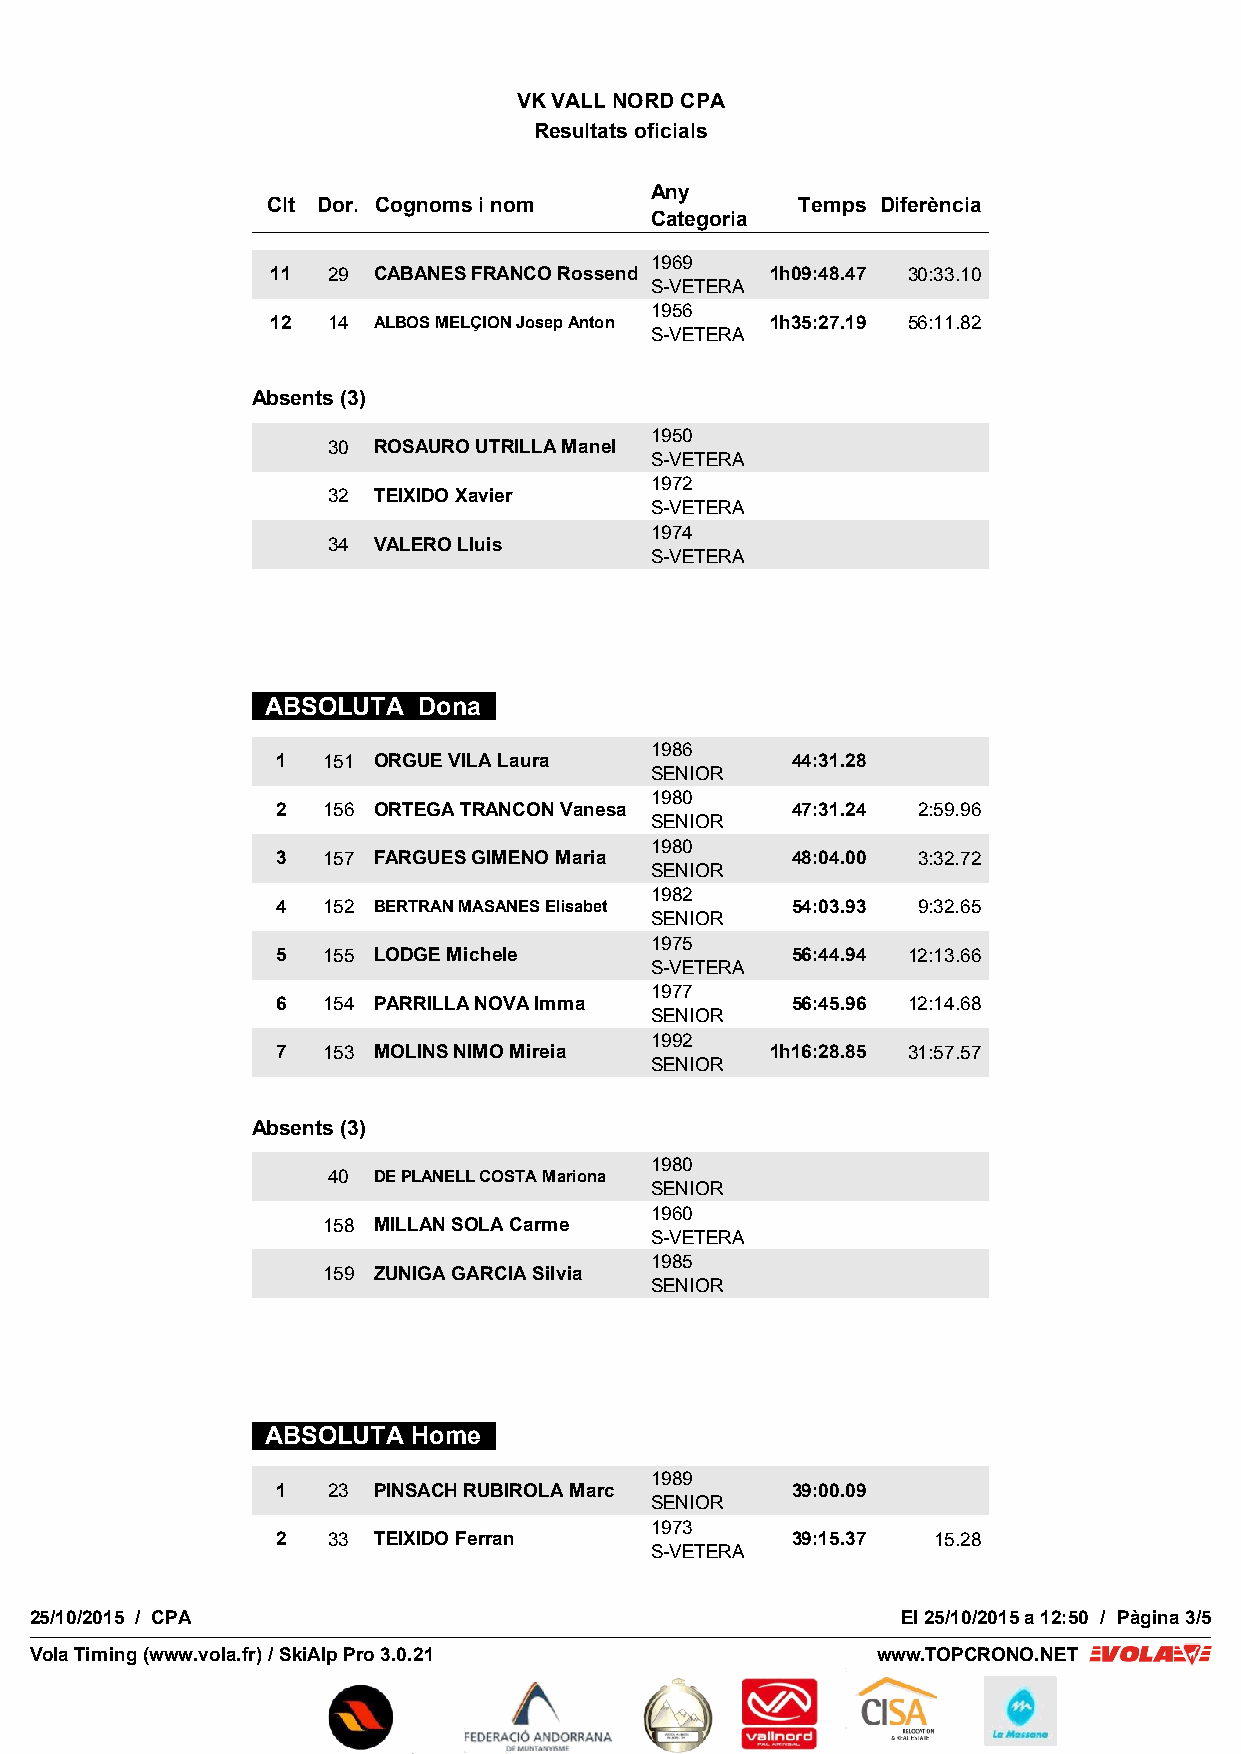
VK VALL NORD CPA
 Resultats oficials
 Any
 Clt Dor. Cognoms i nom             Temps Diferència
 Categoria
 1969
 11  29 CABANES FRANCO Rossend    1h09:48.47 30:33.10
 S-VETERA
 1956
 12  14 ALBOS MELÇION Josep Anton 1h35:27.19 56:11.82
 S-VETERA
 Absents (3)
 1950
 30 ROSAURO UTRILLA Manel
 S-VETERA
 1972
 32 TEIXIDO Xavier
 S-VETERA
 1974
 34 VALERO Lluis
 S-VETERA
 ABSOLUTA  Dona
 1986
 1  151 ORGUE VILA Laura           44:31.28
 SENIOR
 1980
 2  156 ORTEGA TRANCON Vanesa      47:31.24 2:59.96
 SENIOR
 1980
 3  157 FARGUES GIMENO Maria       48:04.00 3:32.72
 SENIOR
 1982
 4  152 BERTRAN MASANES Elisabet   54:03.93 9:32.65
 SENIOR
 1975
 5  155 LODGE Michele              56:44.94 12:13.66
 S-VETERA
 1977
 6  154 PARRILLA NOVA Imma         56:45.96 12:14.68
 SENIOR
 1992
 7  153 MOLINS NIMO Mireia        1h16:28.85 31:57.57
 SENIOR
 Absents (3)
 1980
 40 DE PLANELL COSTA Mariona
 SENIOR
 1960
 158 MILLAN SOLA Carme
 S-VETERA
 1985
 159 ZUNIGA GARCIA Silvia
 SENIOR
 ABSOLUTA Home
 1989
 1   23 PINSACH RUBIROLA Marc      39:00.09
 SENIOR
 1973
 2   33 TEIXIDO Ferran             39:15.37  15.28
 S-VETERA
 25/10/2015 / CPA                                          El 25/10/2015 a 12:50 / Pàgina 3/5
 VVoollaa TTiimmiinngg ((wwwwww..vvoollaa..ffrr)) // SSkkiiAAllpp PPrroo 33..00..2211 wwwwww..TTOOPPCCRROONNOO..NNEETT
 VVVooolllaaaSSSoooffftttCCCooonnntttrrrooolllPPPdddfff